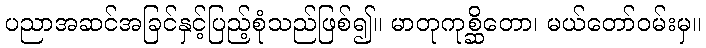
ပညာအဆင်အခြင်နှင့်ပြည့်စုံသည်ဖြစ်၍။ မာတုကုစ္ဆိတော၊ မယ်တော်ဝမ်းမှ။